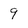
Character: 9